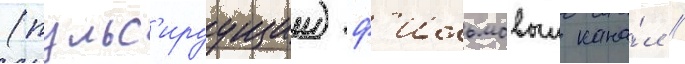
(пульс'ируущии) ф'ильмовыи кана́л //